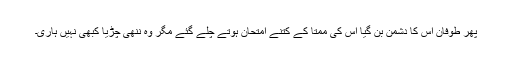
پھر طوفان اس کا دشمن بن گیا اس کی ممتا کے کتنے امتحان ہوتے چلے گئے مگر وہ ننھی چڑیا کبھی نہیں ہاری۔